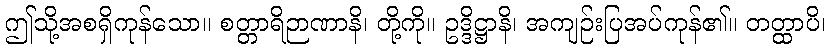
ဤသို့အစရှိကုန်သော။ စတ္တာရိဉာဏာနိ၊ တို့ကို။ ဥဒ္ဒိဋ္ဌာနိ၊ အကျဉ်းပြအပ်ကုန်၏။ တတ္ထာပိ၊